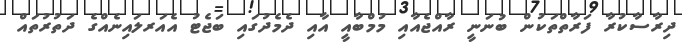
ދިރާސާކުރާ ފަރާތްތަކުން ބުނަނީ ރާއްޖެއާއި މުމްބާއީ އާއި ދެމެދުގައި ބަޖެޓު އެއަރލައިނެއްގެ ދަތުރުތައް